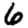
Digit: 6